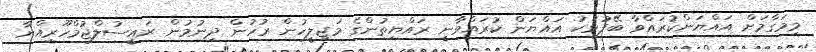
މިމަގާމަށް އައްޔަންކުރައްވާ ބޭފުޅަކު އައްޔަން ކުރައްވާނީ ރައްޔިތުންގެ މަޖިލީހުން ރުހުން ދިނުމުން ރައީސުލްޖުމްހޫރިއްޔާ